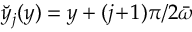
\breve { y } _ { j } ( y ) = y + ( j \! + \! 1 ) \pi / 2 { \bar { \omega } }